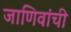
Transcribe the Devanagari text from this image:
जाणिवांची